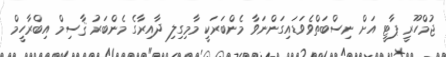
ޖުމްހޫރީ ޕާޓީ އަށް ނިސްބަތްވެވަޑައިގަންނަވާ މެންބަރަކީ މާމިގިލި ދާއިރާގެ މެންބަރު ޤާސިމް އިބްރާހީމް